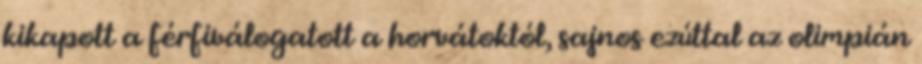
kikapott a férfiválogatott a horvátoktól, sajnos ezúttal az olimpián